Report on plague and inoculation in the Punjab from October 1st ... to September 30th..., being the ... season of plague in the province
Disease focus: Plague
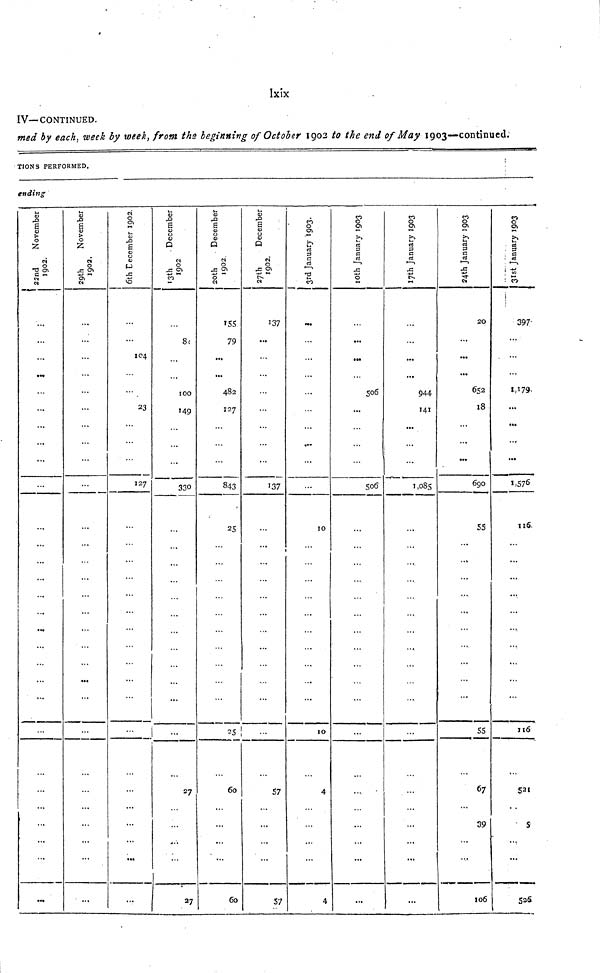
Ixix
IV— CONTINUED.
med by each, week by week, from the beginning of October 1902 to the end of May 1903—continued.
TIONS PERFORMED.
ending
29th November 1902.
...
...
...
...
...
...
...
...
...
...
...
...
...
...
29th November 1902.
...
...
...
...
6th December 1902.
IC4
23
127
...
...
...
13th December 1902
to
8(
100
149
...
330
...
...
,
27
...
27
20th December 1902.
155
79
...
...
482
127
843
25
25
60
...
...
...
60
27th December 1902.
137
...
137
...
57
...
57
CO
3rd January 1903.
•••
10
...
...
...
...
IO
4
...
4
CO
0
10th January 1903.
...
506
...
506
...
...
...
7th Junaury 1903.
...
...
944
141
...
1,085
...
...
...
...
...
...
24th January 1903
20
...
...
...
652
l8
...
...
...
690
55
...
...
...
...
55
67
...
39
...
106
24th January1903.
397
...
...
...
1,179.
...
.,.
...
...
1,576
116.
...
...
...
...
...
...
...
116
521
5
...
...
536